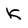
Character: K